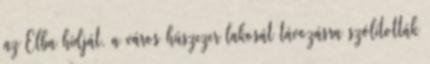
az Elba hídját, a város húszezer lakosát távozásra szólították